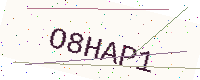
Text: O8HAP1